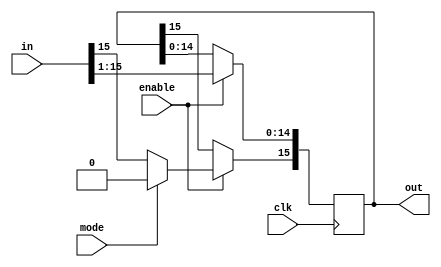
// Right shift register with an arithmetic or logical shift mode
module right_shift_register(clk, enable, in, mode, out);
    parameter width = 16;
    input clk;
    input enable;
    input [width-1:0] in; // input to shift
    input mode; // arithmetic (0) or logical (1) shift
    output [width-1:0] out; // shifted input

	reg [width-1:0] sr_out;
	
	always@(posedge clk)
	begin
		if (enable == 1'b1)
		begin
			sr_out[width-2:0] <= in[width-1:1];
			if (mode == 1'b1) // logical
				 sr_out[width-1] <= 1'b0;
			else // arithmetic
				 sr_out[width-1] <= in[width-1];
		end
	end
	
	assign out = sr_out;

endmodule